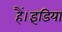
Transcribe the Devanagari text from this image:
हैं।इंडिया